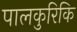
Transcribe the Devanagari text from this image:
पालकुरिकि